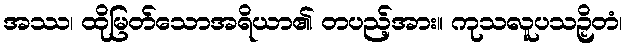
အဿ၊ ထိုမြတ်သောအရိယာ၏ တပည့်အား။ ကုသလူပသဉှိတံ၊